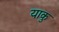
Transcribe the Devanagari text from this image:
याकु